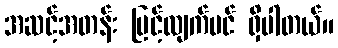
အဆင့်အတန်း မြင့်လျက်ပင် ရှိပါတယ်။